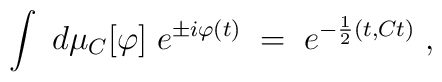
\int \; d\mu_C[\varphi] \; e^{ \pm i \varphi(t)} \; = \;e^{ - \frac{1}{2}(t,C t) }  \; ,